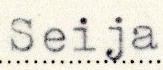
Seija